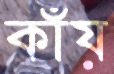
কাঁয়